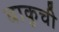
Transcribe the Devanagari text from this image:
वाकुची